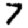
Digit: 7